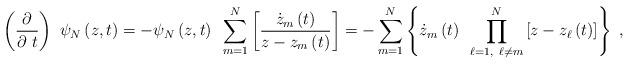
LaTeX: \begin{align*}\left( \frac{\partial }{\partial ~t}\right) ~\psi _{N}\left( z,t\right)=-\psi _{N}\left( z,t\right) ~\sum_{m=1}^{N}\left[ \frac{\dot{z}_{m}\left(t\right) }{z-z_{m}\left( t\right) }\right] =-\sum_{m=1}^{N}\left\{ \dot{z}_{m}\left( t\right) ~\prod\limits_{\ell =1,~\ell \neq m}^{N}\left[ z-z_{\ell}\left( t\right) \right] \right\} ~, \end{align*}